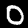
Digit: 0